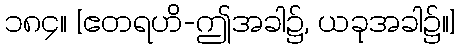
၁၈၄။ [ဧတရဟိ-ဤအခါ၌, ယခုအခါ၌။]